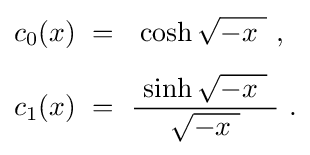
{\begin{aligned}c_{0}(x)~&=~~\cosh {\sqrt {-x\ }}\ ,\\[1ex]c_{1}(x)~&=~{\frac {\ \sinh {\sqrt {-x\ }}\ }{\sqrt {-x\ }}}~.\end{aligned}}